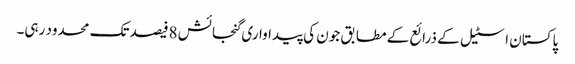
پاکستان اسٹیل کے ذرائع کے مطابق جون کی پیداواری گنجائش 8فیصد تک محدود رہی۔